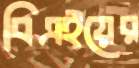
বিএইয়ের